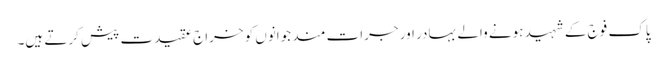
پاک فوج کے شہید ہونے والے بہادر اور جرات مند جوانوں کو خراج عقیدت پیش کرتے ہیں۔